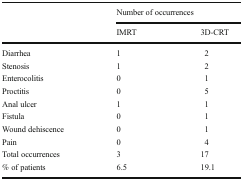
| <ROWSPAN=2>  | <COLSPAN=2> Number of occurrences |
 | IMRT | 3D-CRT |
 | --- | --- | --- |
 | Diarrhea | 1 | 2 |
 | Stenosis | 1 | 2 |
 | Enterocolitis | 0 | 1 |
 | Proctitis | 0 | 5 |
 | Anal ulcer | 1 | 1 |
 | Fistula | 0 | 1 |
 | Wound dehiscence | 0 | 1 |
 | Pain | 0 | 4 |
 | Total occurrences | 3 | 17 |
 | % of patients | 6.5 | 19.1 |